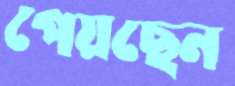
পেয়ছেন